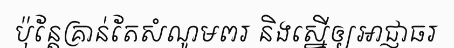
ប៉ុន្តែគ្រាន់តែសំណូមពរ និងស្នើឲ្យអាជ្ញាធរ